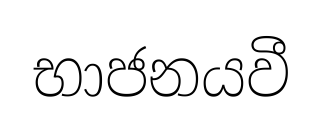
භාජනයවී